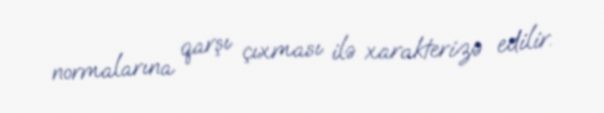
normalarına qarşı çıxması ilə xarakterizə edilir.